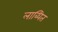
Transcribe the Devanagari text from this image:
लाब्धित